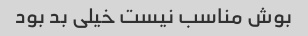
بوش مناسب نیست خیلی بد بود